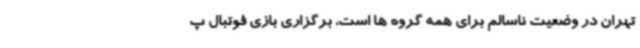
تهران در وضعیت ناسالم برای همه گروه ها است، برگزاری بازی فوتبال پ